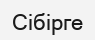
Сібірге